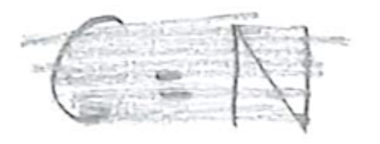
Text: C-N
Cross-out: scratch
Writing tool: pencil